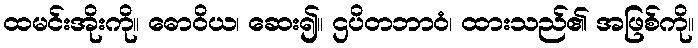
ထမင်းအိုးကို။ ဓောဝိယ၊ ဆေး၍။ ဌပိတဘာဝံ၊ ထားသည်၏ အဖြစ်ကို။